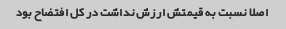
اصلا نسبت به قیمتش ارزش نداشت در کل افتضاح بود